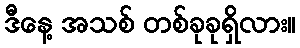
ဒီနေ့ အသစ် တစ်ခုခုရှိလား။